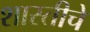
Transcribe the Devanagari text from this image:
शास्तीचे